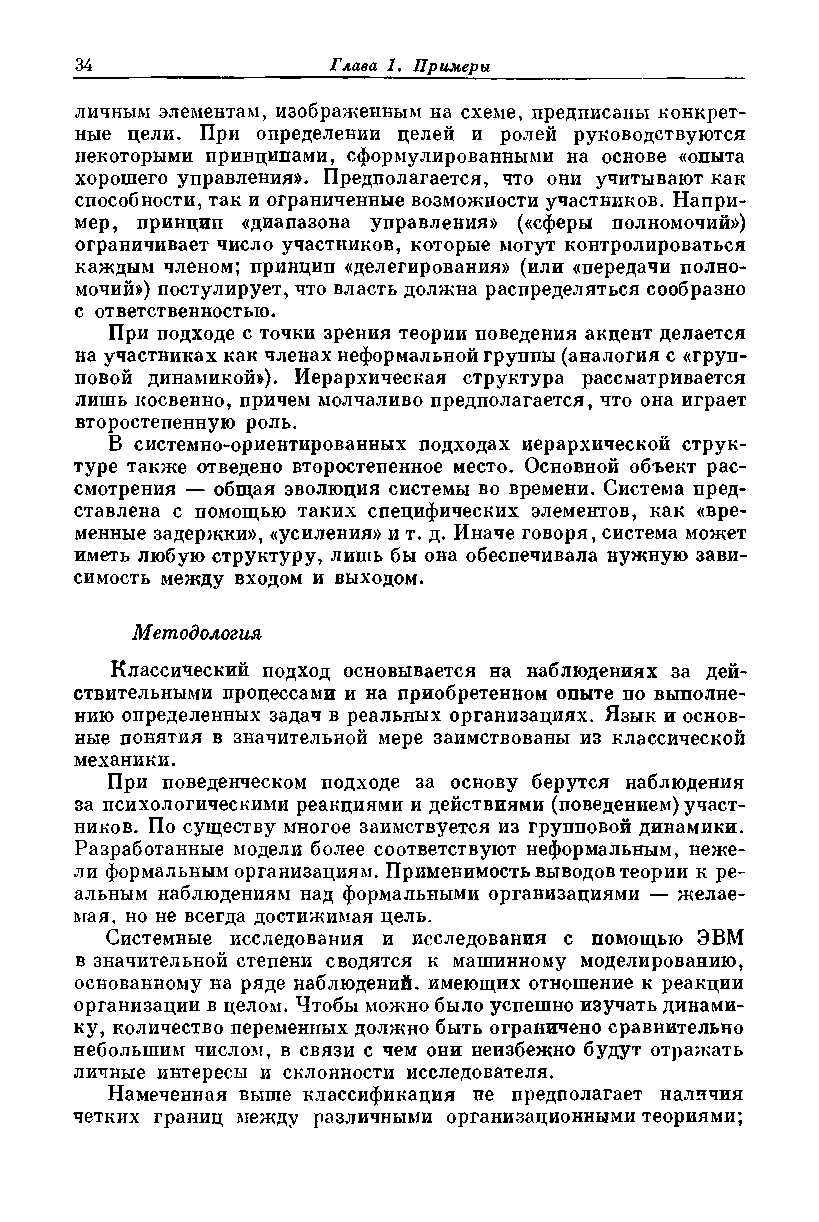
личным элементам, изображенным на схеме, предписаны конкрет­
 ные цели. При определении целей и ролей руководствуются
 некоторыми принципами, сформулированными на основе «опыта
 хорошего управления»* Предполагается, что они учитывают как
 способности, так и ограниченные возможности участников. Напри­
 мер, принцип «диапазона управления» («сферы полномочий»)
 ограничивает число участников, которые могут контролироваться
 каждым членом; принцип «делегирования» (или «передачи полно­
 мочий») постулирует, что власть должна распределяться сообразно
 с ответственностью.
 При подходе с точки зрения теории поведения акцент делается
 на участниках как членах неформальной группы (аналогия с «груп­
 повой динамикой»). Иерархическая структура рассматривается
 лишь косвенно, причем молчаливо предполагается, что она играет
 второстепенную роль.
 В системно-ориентированных подходах иерархической струк­
 туре также отведено второстепенное место. Основной объект рас­
 смотрения — общая эволюция системы во времени. Система пред­
 ставлена с помощью таких специфических элементов, как «вре­
 менные задержки», «усиления» и т. д. Иначе говоря, система может
 иметь любую структуру, лишь бы она обеспечивала нужную зави­
 симость между входом и выходом.
 Методология
 Классический подход основывается на наблюдениях за дей­
 ствительными процессами и на приобретенном опыте по выполне­
 нию определенных задач в реальных организациях. Язык и основ­
 ные понятия в значительной мере заимствованы из классической
 механики.
 При поведенческом подходе за основу берутся наблюдения
 за психологическими реакциями и действиями (поведением) участ­
 ников. По существу многое заимствуется из групповой динамики.
 Разработанные модели более соответствуют неформальным, неже­
 ли формальным организациям. Применимость выводов теории к ре­
 альным наблюдениям над формальными организациями — желае­
 мая, но не всегда достижимая цель.
 Системные исследования и исследования с помощью ЭВМ
 в значительной степени сводятся к машинному моделированию,
 основанному на ряде наблюдений, имеющих отношение к реакции
 организации в целом. Чтобы можно было успешно изучать динами­
 ку, количество переменных должно быть ограничено сравнительно
 небольшим числом, в связи с чем они неизбежно будут отражать
 личные интересы и склонности исследователя.
 Намеченная выше классификация не предполагает наличия
 четких границ между различными организационными теориями;